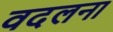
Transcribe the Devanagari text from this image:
वदलना